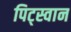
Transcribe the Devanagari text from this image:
पिट्स्वान